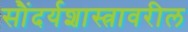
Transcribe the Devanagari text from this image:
सौंदर्यशास्त्रावरील